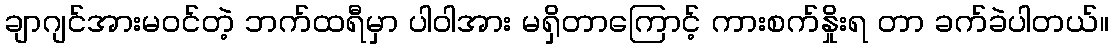
ချာဂျင်အားမဝင်တဲ့ ဘက်ထရီမှာ ပါဝါအား မရှိတာကြောင့် ကားစက်နှိုးရ တာ ခက်ခဲပါတယ်။